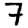
Digit: 7